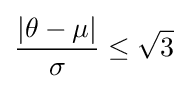
{\frac {|\theta -\mu |}{\sigma }}\leq {\sqrt {3}}